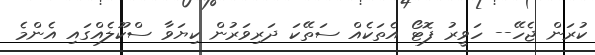
ކުރަން ޖެހޭ-- ހަވީރު ފޮޓޯ އެތަކެއް ސަތޭކަ ދަރިވަރުން ކިޔަވާ ސްކޫލެއްގައި އެންމެ